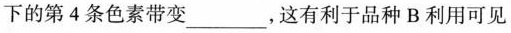
下的第 4 条色素带变___，这有利于品种 B 利用可见